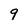
Character: 9